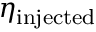
\eta _ { \mathrm { i n j e c t e d } }